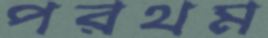
পরথম